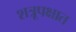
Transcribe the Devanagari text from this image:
शत्रूपक्षात